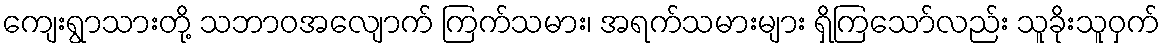
ကျေးရွာသားတို့ သဘာဝအလျောက် ကြက်သမား၊ အရက်သမားများ ရှိကြသော်လည်း သူခိုးသူဝှက်